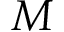
M